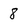
Character: 8